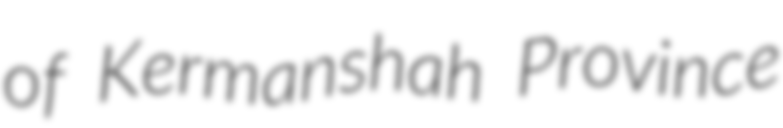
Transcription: of Kermanshah Province